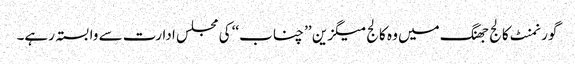
گورنمنٹ کالج جھنگ میں وہ کالج میگزین ’’ چناب‘‘ کی مجلس ادارت سے وابستہ رہے۔